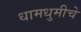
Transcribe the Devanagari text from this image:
धामधुमीचे